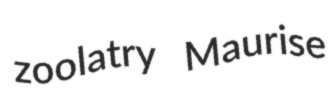
zoolatry Maurise